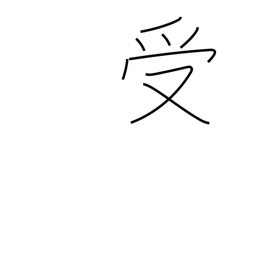
Meaning: catch